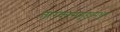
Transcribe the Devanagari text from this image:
तारकासमूहामधून